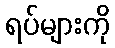
ရပ်များကို